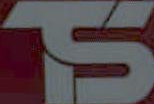
מן